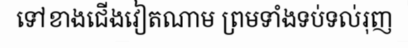
ទៅខាងជើងវៀតណាម ព្រមទាំងទប់ទល់រុញ